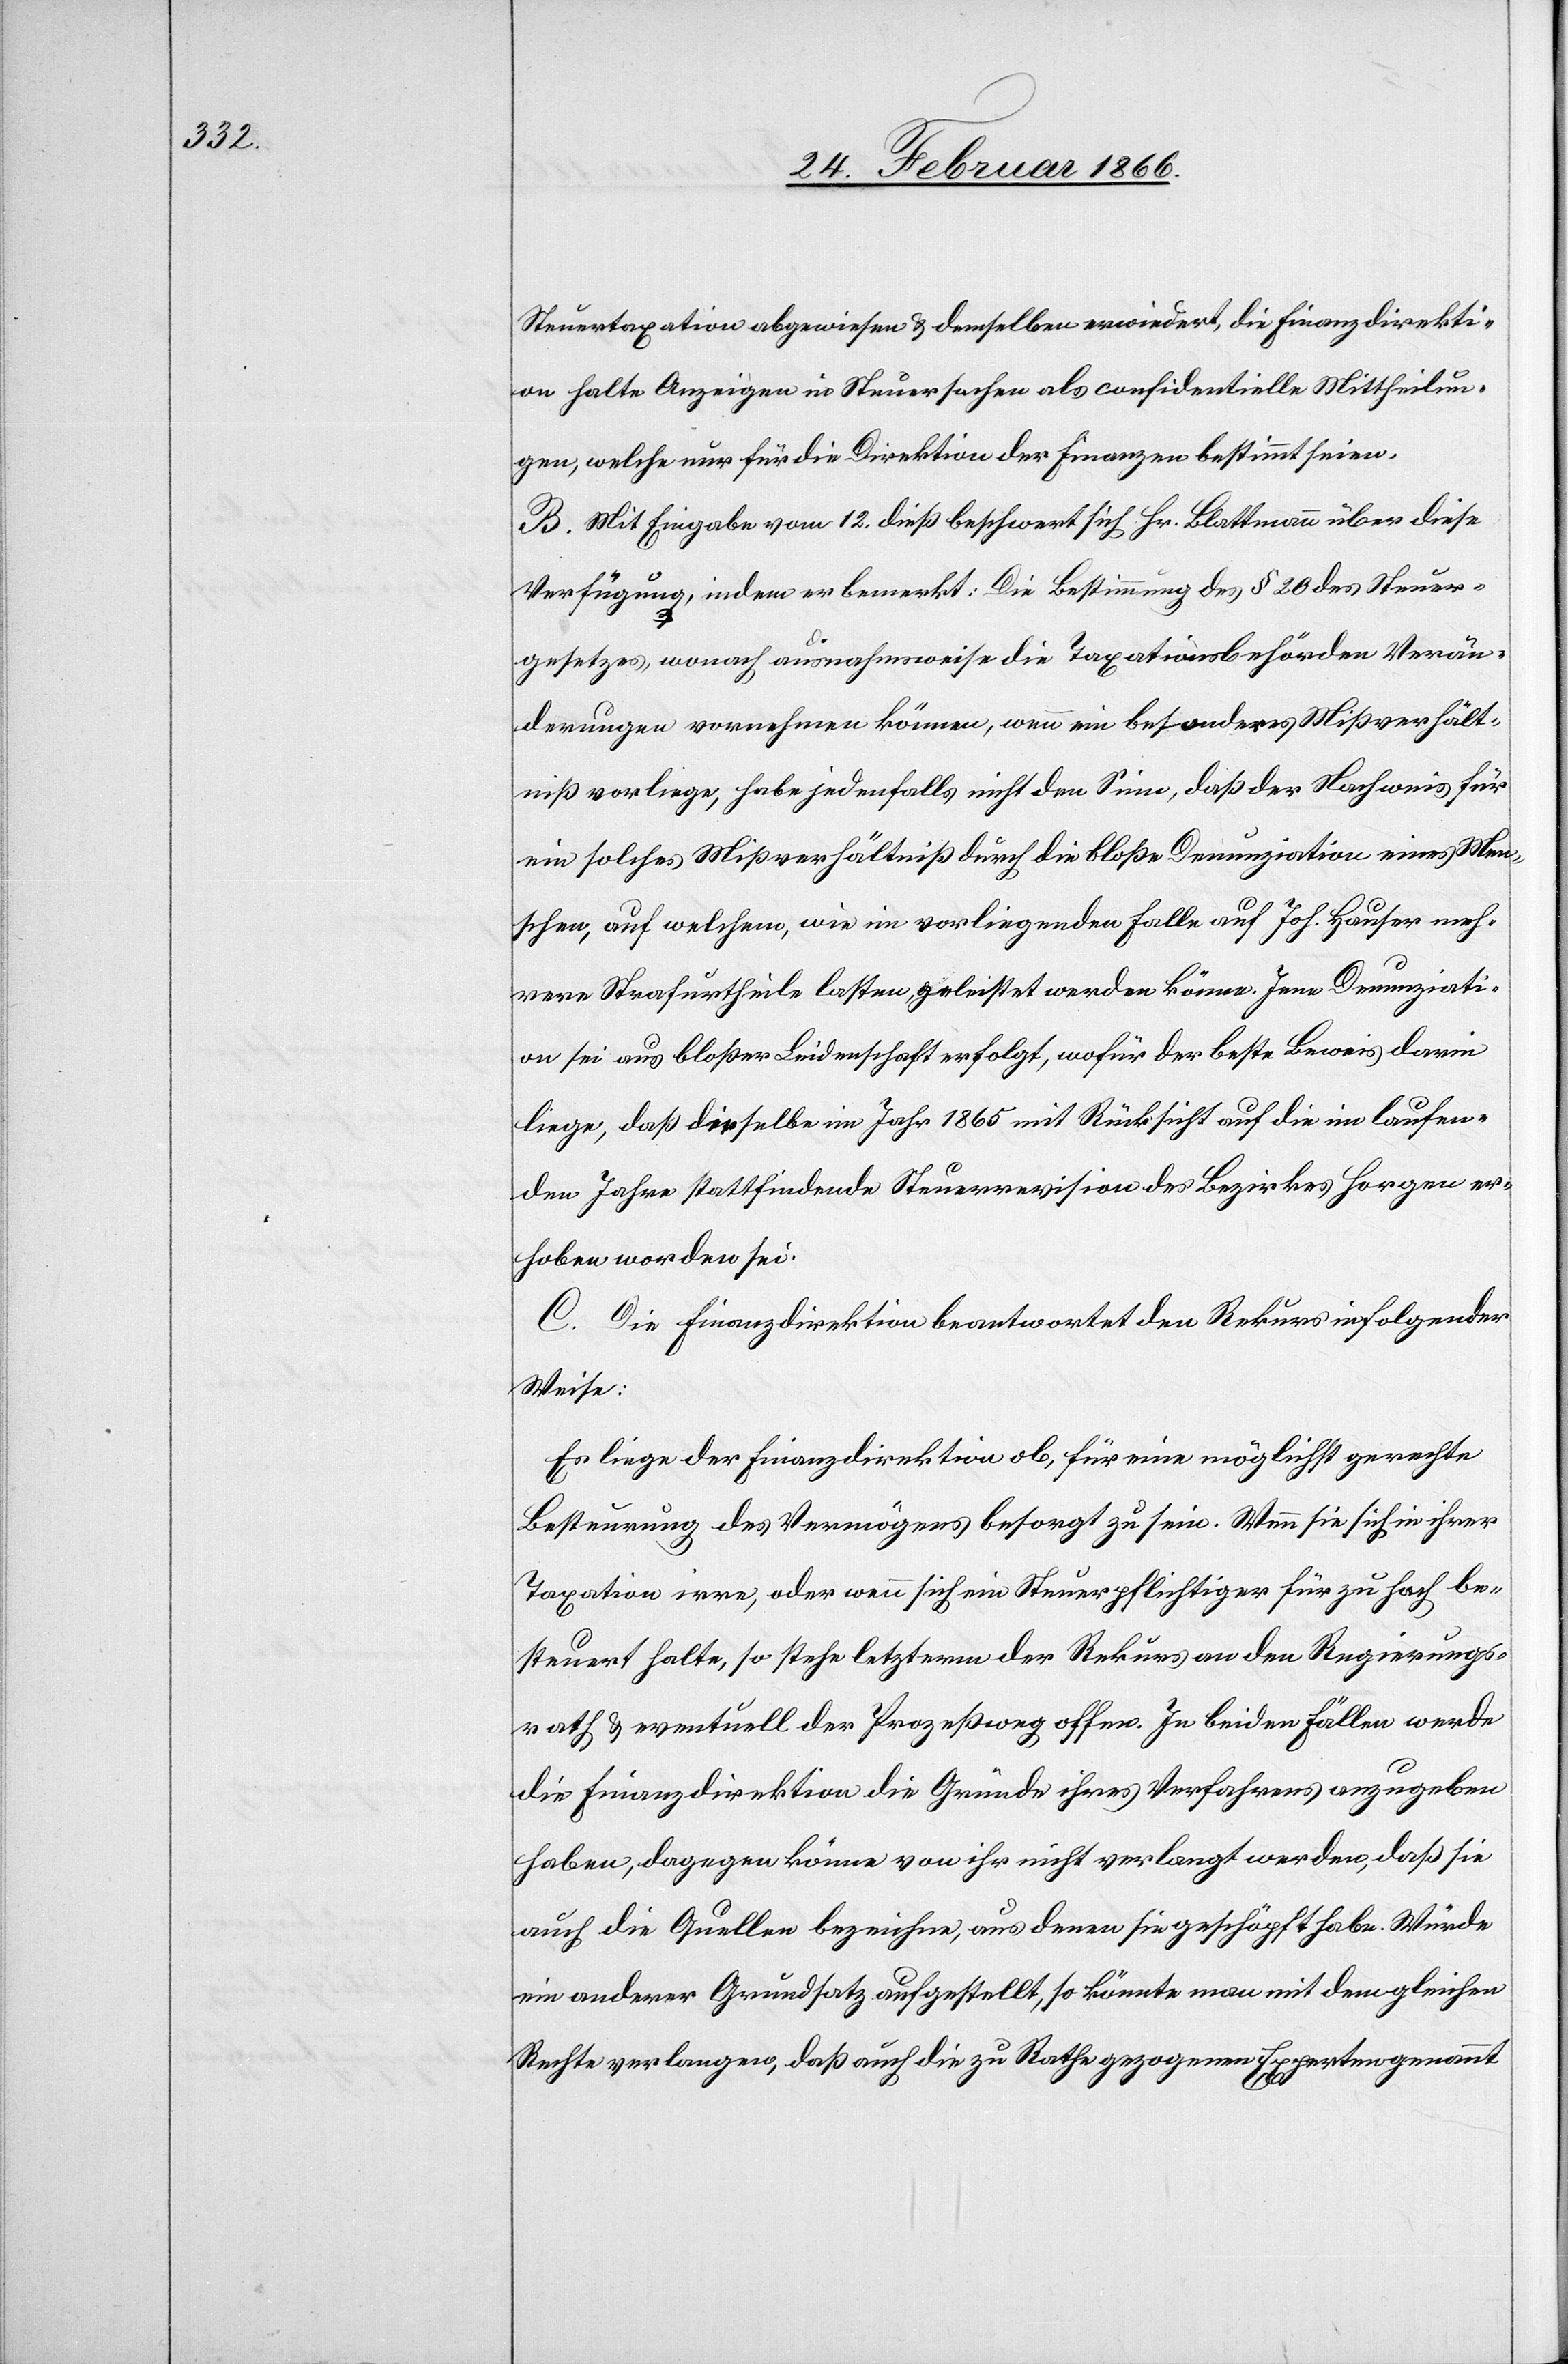
Steuertaxation abgewiesen u. demselben erwiedert, die Finanzdirekti¬
on halte Anzeigen in Steuersachen als confidentielle Mittheilun¬
gen, welche nur für die Direktion der Finanzen bestimmt seien.
B. Mit Eingabe vom 12. dieß beschwert sich Hr. Blattmann über diese
Verfügung, indem er bemerkt: Die Bestimmung des § 20 des Steuer¬
gesetzes, wonach ausnahmsweise die Taxationsbehörden Verän¬
derungen vornehmen können, wenn ein besonderes Mißverhält¬
niß vorliege, habe jedenfalls nicht den Sinn, daß der Nachweis für
ein solches Mißverhältniß durch die bloße Denunziation eines Men¬
schen, auf welchem, wie im vorliegenden Falle auf Joh. Hauser meh¬
rere Strafurtheile lasten, geleistet werden könne. Jene Denunziati¬
on sei aus bloßer Leidenschaft erfolgt, wofür der beste Beweis darin
liege, daß dieselbe im Jahr 1865 mit Rücksicht auf die im laufen¬
den Jahre stattfindenden Steuerrevision des Bezirkes Horgen er¬
hoben worden sei.
C. Die Finanzdirektion beantwortet den Rekurs in folgender
Weise:
Es liege der Finanzdirektion ob, für eine möglichst gerechte
Bestimmung des Vermögens besorgt zu sein. Wenn sie sich in ihrer
Taxation irre, oder wenn sich ein Steuerpflichtiger für zu hoch be¬
steuert halte, so stehe letzterm der Rekurs an den Regierungs¬
rath u. eventuell der Prozeßweg offen. In beiden Fällen werde
die Finanzdirektion die Gründe ihres Verfahrens anzugeben
haben, dagegen könne von ihr nicht verlangt werden, daß sie
auch die Quellen bezeichne, aus denen sie geschöpft habe. Würde
ein anderer Grundsatz aufgestellt, so könnte man mit dem gleichen
Rechte verlangen, daß auch die zu Rathe gezogenen Experten genannt